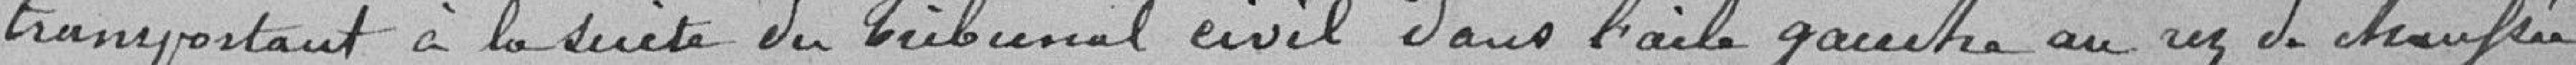
transportant à la suite du tribunal civil dans l'aile gauche au rez de chaussée